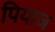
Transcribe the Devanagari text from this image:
पियाज